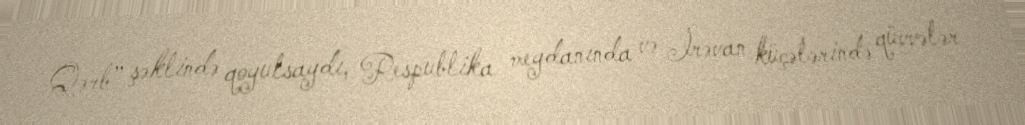
Qərb” şəklində qoyulsaydı, Respublika meydanında və İrəvan küçələrində qüvvələr